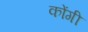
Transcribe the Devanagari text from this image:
कोंगी